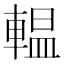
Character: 輼